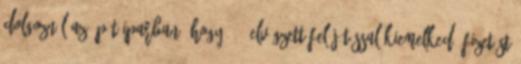
dolgoznál az építőiparban, hogy 1-1 elvégzett felújítással kiemelkedő fizetést